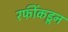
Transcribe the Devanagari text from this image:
रफींकडून